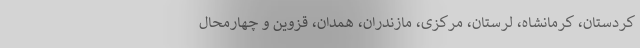
کردستان، کرمانشاه، لرستان، مرکزی، مازندران، همدان، قزوین و چهارمحال